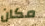
مكان